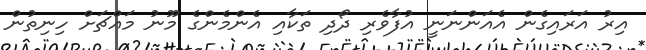
އިރު އަރައިގެން އެއަންނަނީ އުފާވެރި ދޯދި ތަކާއި އެންމެންގެ މޫނު މައްޗަށް ހިނިތުން